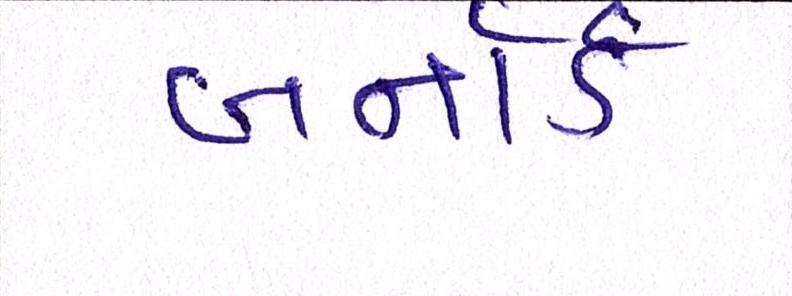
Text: બર્નાર્ડ